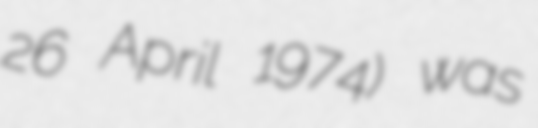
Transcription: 26 April 1974) was